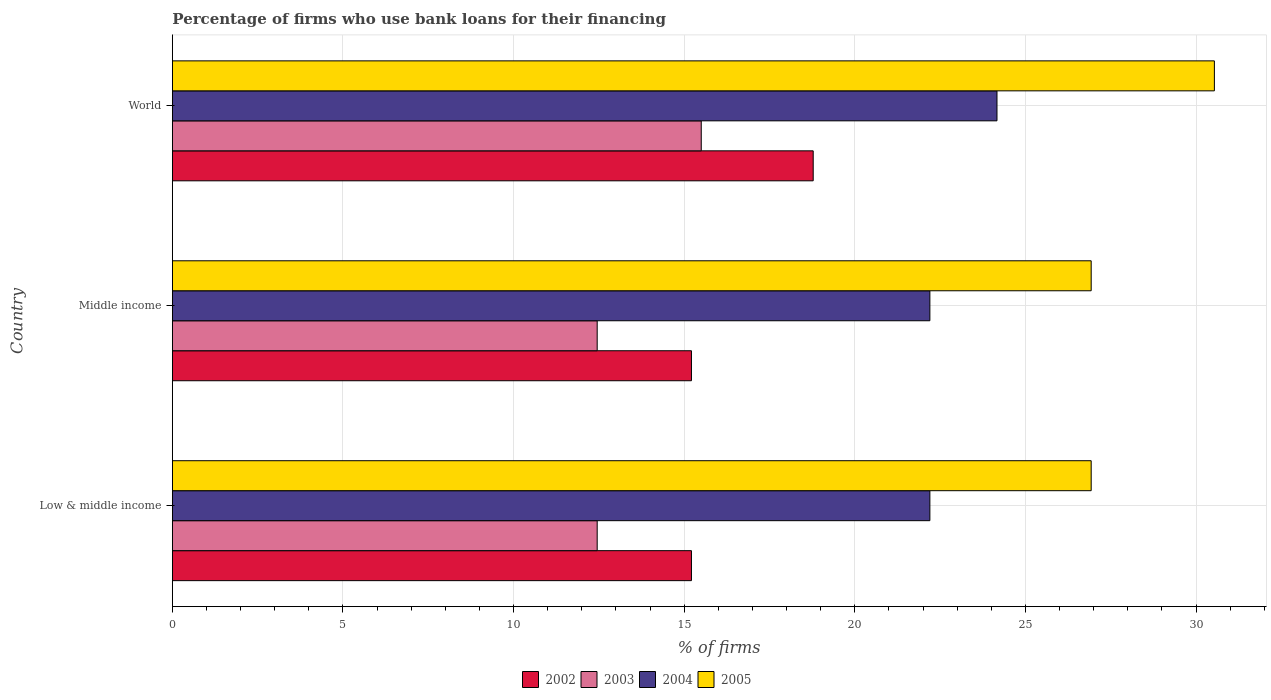
| Country | 2002 | 2003 | 2004 | 2005 |
 | --- | --- | --- | --- | --- |
 | Low & middle income | 15.2 | 12.4 | 22.2 | 26.9 |
 | Middle income | 15.2 | 12.4 | 22.2 | 26.9 |
 | World | 18.8 | 15.5 | 24.2 | 30.5 |